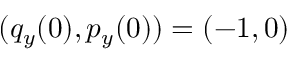
( q _ { y } ( 0 ) , p _ { y } ( 0 ) ) = ( - 1 , 0 )